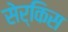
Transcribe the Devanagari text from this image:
सेर्किस